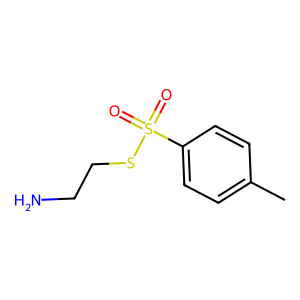
SMILES: Cc1ccc(S(=O)(=O)SCCN)cc1
Inhibits HIV replication: No